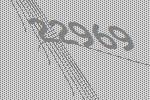
22969